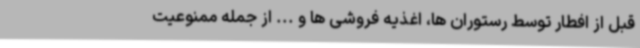
قبل از افطار توسط رستوران ها، اغذیه فروشی ها و ... از جمله ممنوعیت